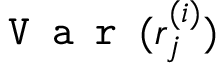
\texttt { V a r } ( r _ { j } ^ { ( i ) } )